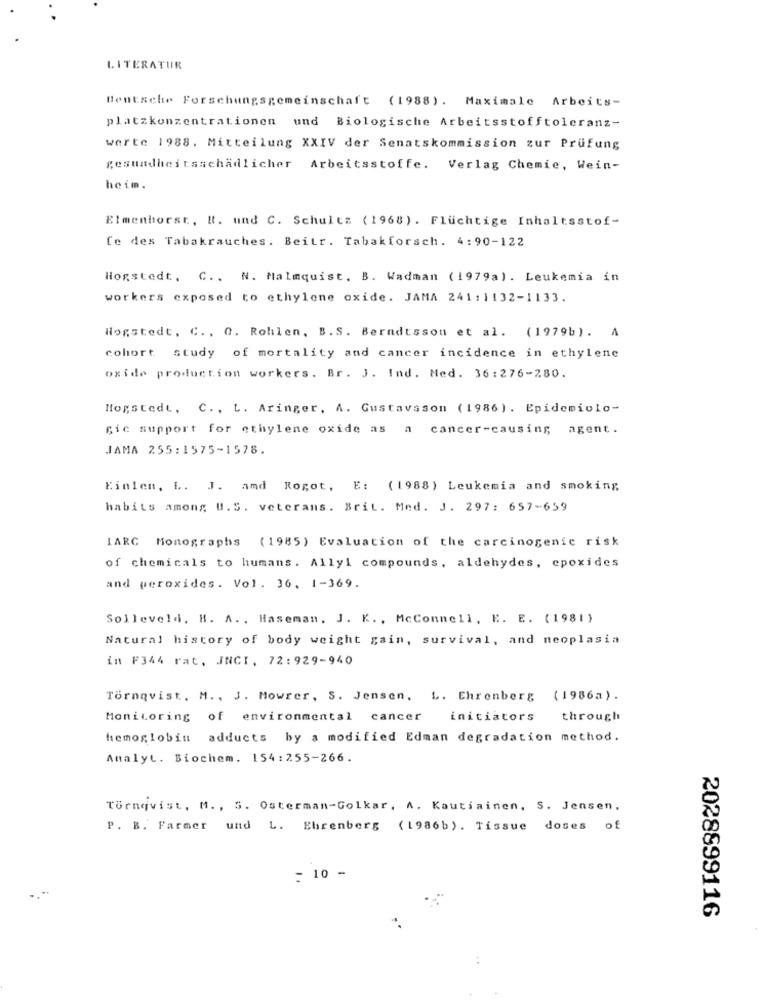
LITERATUR
Deutsche Forschungsgemeinschaft (1988). Maximale Arbeits-
platzkonzentrationen und Biologische Arbeitsstofftoleranz-
werte 1988. Mitteilung XXIV der Senatskommission zur Prüfung
gesundheitsschädlicher Arbeitsstoffe. Verlag Chemie, Wein-
heim.
Elmenhorst, I. und C. Schultz (1968) . Flüchtige Inhaltsstof-
fe des Tabakrauches. Beitr. Tabakforsch. 4:90-122
Hogstedt, C ., N. Malmquist. B. Wadman (1979a). Leukemia in
workers exposed to ethylene oxide. JAMA 241:1132-1133.
Hogstedt, C. , O. Rohlen, B.S. Berndtsson et al. (1979b). A
cohort study of mortality and cancer incidence in ethylene
oxide production workers. Br. J. Ind. Med. 36:276-280.
Hogstedt, C. , L. Aringer, A. Gustavsson (1986) . Epidemiolo-
gic support for ethylene oxide as a cancer-causing agent.
JAMA 255:1575-1578.
Einlen, L. J. amd Rogot, E: (1988) Leukemia and smoking
habits among U. S. veterans. Brit. Med. J. 297: 657-659
IARC Monographs (1985) Evaluation of the carcinogenic risk
of chemicals to humans. Allyl compounds, aldehydes, epoxides
and peroxides. Vol. 36. 1-369.
Solleveld. H. A. , Haseman, J. K. , McConnell, E. E. (1981)
Natural history of body weight gain, survival, and neoplasia
in F344 rat, JNCI, 72:929-940
Törnqvist. M ., J. Mowrer, S. Jensen. L. Ehrenberg
(1986a).
Monitoring of environmental cancer initiators
through
hemoglobin adducts by a modified Edman degradation method.
Analyt. Biochem. 154:255-266.
Törnqvist, M ., S. Osterman-Golkar, A. Kautiainen, S. Jensen,
P. B. Farmer und L. Ehrenberg (1986b). Tissue doses of
= 10 -
2028899116